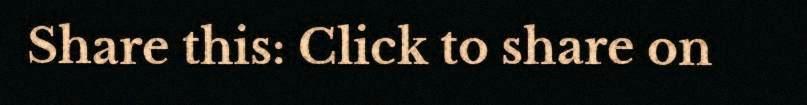
Share this: Click to share on